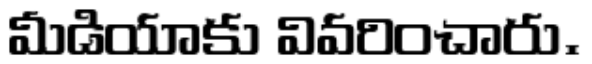
మీడియాకు వివరించారు.